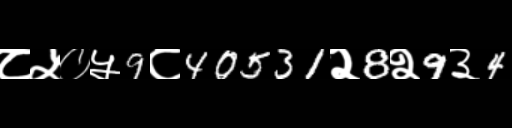
Text: ८५०५9८40531२8२9३4